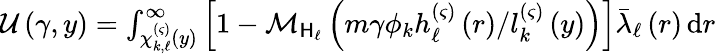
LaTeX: \begin{array}{r}{\mathcal{U}\left(\gamma,y\right)=\int_{\chi_{k,\ell}^{\left(\varsigma\right)}\left(y\right)}^{\infty}{\left[1-\mathcal{M}_{\mathsf{H}_{\ell}}\left(m\gamma\phi_{k}h_{\ell}^{\left(\varsigma\right)}\left(r\right)/l_{k}^{\left(\varsigma\right)}\left(y\right)\right)\right]\bar{\lambda}_{\ell}\left(r\right)\, \mathrm{d}r}}\end{array}